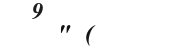
" (